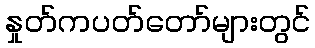
နှုတ်ကပတ်တော်များတွင်